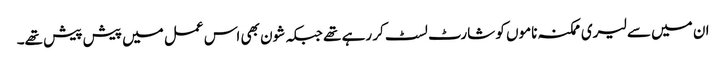
ان میں سے لیری ممکنہ ناموں کو شارٹ لسٹ کر رہے تھے جبکہ شون بھی اس عمل میں پیش پیش تھے۔